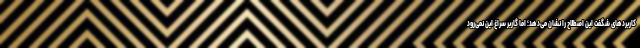
کاربردهای شگفت این اصطلاح را نشان می‌دهد؛ اما گاربر سراغ این نمی‌رود